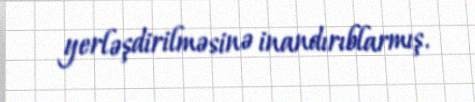
yerləşdirilməsinə inandırıblarmış.